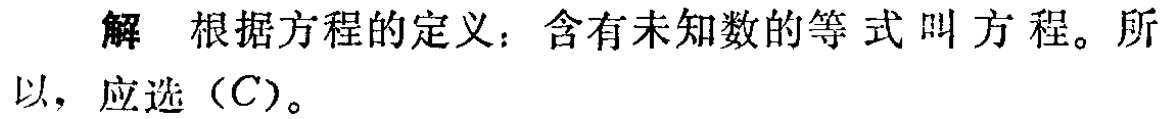
解 根据方程的定义：含有未知数的等式叫方程。所以，应选（C）。